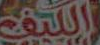
الكيف